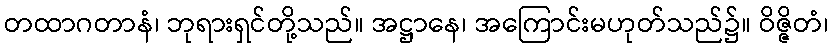
တထာဂတာနံ၊ ဘုရားရှင်တို့သည်။ အဋ္ဌာနေ၊ အကြောင်းမဟုတ်သည်၌။ ဝိဇ္ဇိတံ၊